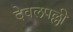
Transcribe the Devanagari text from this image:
देवलपल्ली